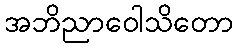
အဘိညာဝေါသိတော